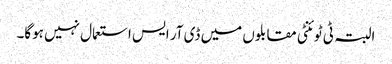
البتہ ٹی ٹوئنٹی مقابلوں میں ڈی آر ایس استعمال نہیں ہوگا۔